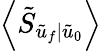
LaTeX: \left\langle\tilde{S}_{\tilde{u}_{f}|\tilde{u}_{0}}\right\rangle